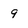
Character: 9